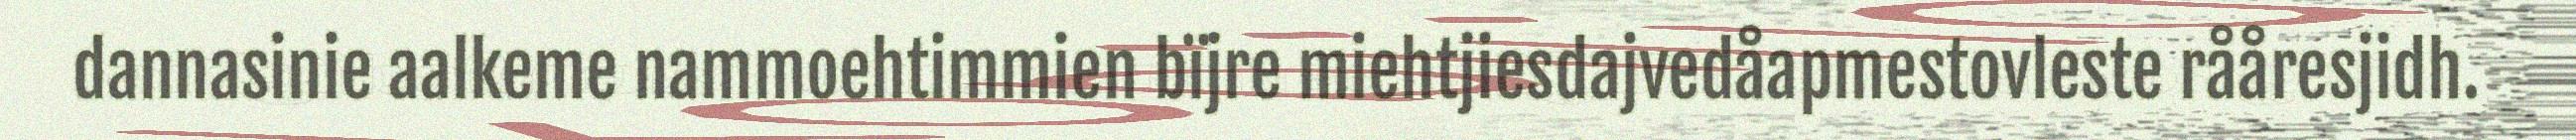
dannasinie aalkeme nammoehtimmien bïjre miehtjiesdajvedåapmestovleste rååresjidh.